Report on sanitation, dispensaries, and jails in Rajputana for 1913, and on vaccination for the year 1913-1914 - 1913-1914
Year: 1913
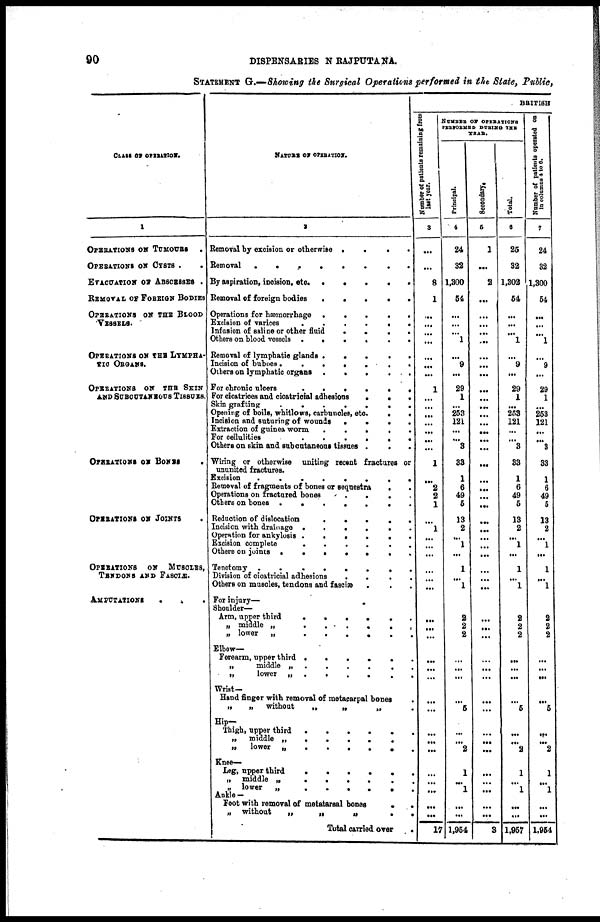
90
DISPENSARIES IN RAJPUTANA.
STATEMENT G.—Showing the Surgical Operations performed in the State, Public,
CLASS OF OPERATION.
1
OPERATION ON TUMOUES .
OPERATION ON CYSTS . .
EVACUATION OF ASSCESSES .
REMOVAL OF FOREIGN BODIES
OPERATIONS ON THE BLOOD
VESSELS.
OPERATIONS ON THE LYMPHA-
TIC ORGANS.
OPERATIONS ON THE SKIN
AND SUBCUTANNOUS TISSUES.
OPERATIONS ON BONES
.
OPERATIONS ON JOINTS
OPERATIONS ON MUSCLES,
TENDONS AND FASCIE.
AMPUTATIONS
.
.
NATURE OF OPERATION.
Removal by excision or otherwise . . . .
Removal
.
.
.
.
.
.
By aspiration, incision, etc.
.
.
.
.
.
Removal of foreign bodies
.
.
.
.
.
.
Operations for hæmorrhage
.
.
.
.
.
Excision of varices
.
.
.
.
.
.
Infusion of saline or other fluid . . . . . .
Others on blood vessels
.
.
.
.
.
.
Removal of lymphatic glands . . . . .
Incision of buboes . . . . . .
Others on lymphatic organs . . . . .
For chronic ulcers . . . . .
For cicatrioes and cicatricial adhesions . . .
Skin grafting . . . . .
Opening of boils, whitlows, carbuncles, etc. . . .
Incision and suturing of wounds . . . . . .
Extraction of guinea worm
.
.
.
.
.
.
For cellulities
.
.
.
.
.
.
.
Others on skin and subcutaneous tissues . . . .
Wiring or otherwise uniting recent fractures or
ununited fractures.
Excision
.
.
.
.
.
.
Removal of fragments of bones or sequestra . .
Operations on fractured bones
.
.
.
.
.
Others on bones . . . . .
Reduction of dislocation
.
.
.
.
.
Incision with drainage . . . .
Operation for ankylosis . . . .
Excision complete
.
.
.
.
.
Others on joints
.
.
.
.
.
Tenctomy
.
.
.
.
.
Division of cicatricial adhesions
.
.
.
.
Others on muscles, tendons and fasciæ . . .
For injury—
Shoulder—
Arm, upper third
.
.
.
.
.
„ middle „
.
.
.
.
.
„ lower „
.
.
.
.
.
Elbow—
Forearm, upper third
.
.
.
.
.
„
middle
„
.
.
.
.
„
lower „
.
.
.
.
.
Wrist—
Hand finger with removal of metacarpal bones .
„
„ without
„
„
„ .
Hip—
Thigh, upper third
.
.
.
.
.
„ middle „ . . . . .
„ lower „ . . . . .
Knee—
Leg, upper third . . . . . .
„ middle „
.
.
.
.
.
.
„ lower „
.
.
.
.
.
.
Ankle—
Foot with removal of metatarsal bones
.
.
„ without
„
„
„
.
.
Total carried over .
BRITISH
Number of patents remaining from
last year.
3
...
...
8
1
...
...
...
...
...
...
...
1
...
...
...
...
...
...
...
1
...
2
2
1
...
1
...
...
...
...
...
...
...
...
...
...
...
...
...
...
...
...
...
...
...
...
...
...
17
NUMBER OF OPERATIONS
PERFORMED DURING THE
YEAR.
Principal.
4
24
32
1,300
54
...
...
...
1
...
9
...
29
1
...
253
121
...
...
3
33
1
6
49
5
13
2
...
1
...
1
...
1
2
2
2
...
...
...
...
5
...
...
2
1
...
1
...
...
1,954
Secondary.
5
1
...
2
...
...
...
...
...
...
...
...
...
...
...
...
...
...
...
...
...
...
...
...
...
...
...
...
...
...
...
...
...
...
...
...
...
...
...
...
...
...
...
...
...
...
...
...
...
3
Total.
6
25
32
1,302
54
...
...
...
1
...
9
...
29
1
...
253
121
...
...
3
33
1
6
49
5
13
2
...
1
...
1
...
1
2
2
2
...
...
...
...
5
...
...
2
1
...
1
...
...
1,957
Number of patients operated on
in columns 4 to 6.
7
24
32
1,300
54
...
...
...
1
...
9
...
29
1
...
253
121
...
...
3
33
1
6
49
5
13
2
...
1
...
1
...
1
2
2
2
...
...
...
...
5
...
...
2
1
...
1
...
...
1,954